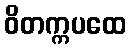
ဝိတက္ကပထေ